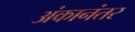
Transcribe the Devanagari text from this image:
अंकानंतर